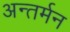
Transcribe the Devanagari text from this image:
अन्‍तर्मन